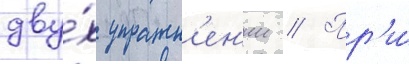
дву́х упражн'ен'ии // Пр'и́